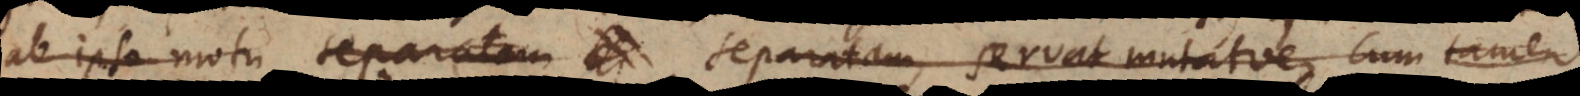
ab ipso motu separatam, servat mutatve. Cum tamen